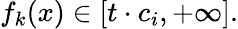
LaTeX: f_{k}(x)\in[t\cdot c_{i},+\infty].